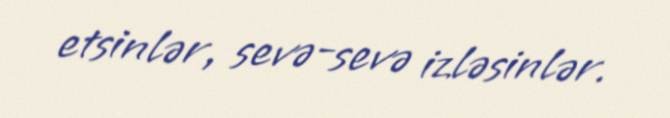
etsinlər, sevə-sevə izləsinlər.